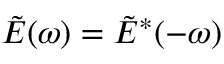
\tilde { E } ( \omega ) = \tilde { E } ^ { * } ( - \omega )